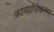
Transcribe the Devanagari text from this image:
कामाधिकरण